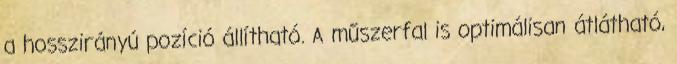
a hosszirányú pozíció állítható. A műszerfal is optimálisan átlátható,